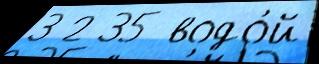
3 2 35 водо́й